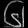
Digit: ၆